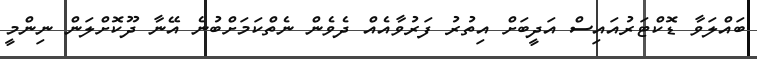
ބައްލަވާ ޑޮކްޓަރުއައިސް އަދީބަށް އިތުރު ފަރުވާއެއް ދެވެން ނެތްކަަމަށްބުނެ އޭނާ ދޫކޮށްލަން ނިންމީ